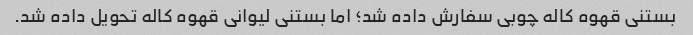
بستنی قهوه کاله چوبی سفارش داده شد؛ اما بستنی لیوانی قهوه کاله تحویل داده شد.